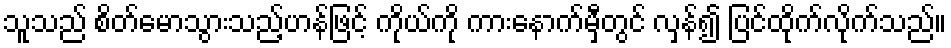
သူသည် စိတ်မောသွားသည့်ဟန်ဖြင့် ကိုယ်ကို ကားနောက်မှီတွင် လှန်၍ ပြင်ထိုက်လိုက်သည်။